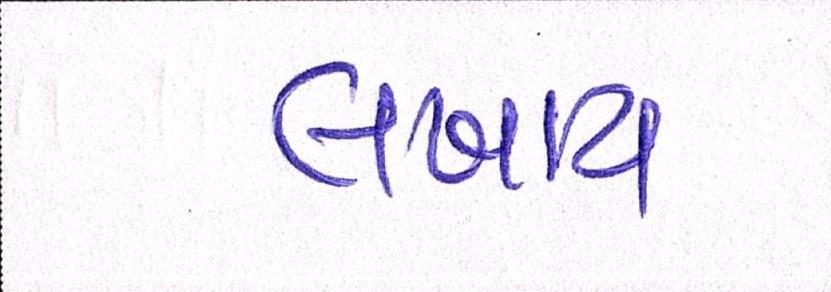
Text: લખાય